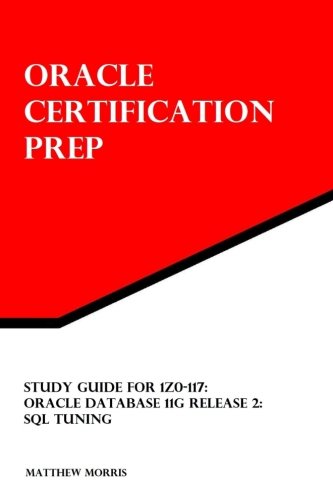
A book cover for Study Guide for 1Z0-117: Oracle Database 11g Release 2: SQL Tuning (Oracle Certification Prep); Matthew Morris; Computers & Technology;